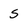
Character: s